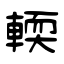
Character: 輭